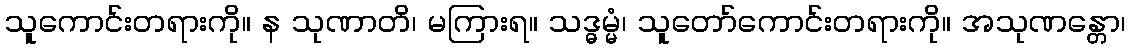
သူကောင်းတရားကို။ န သုဏာတိ၊ မကြားရ။ သဒ္ဓမ္မံ၊ သူတော်ကောင်းတရားကို။ အသုဏန္တော၊